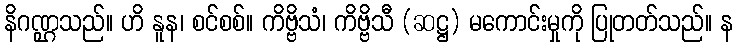
နိဂဏ္ဌသည်။ ဟိ နူန၊ စင်စစ်။ ကိဗ္ဗိသံ၊ ကိဗ္ဗိသီ (ဆဋ္ဌ) မကောင်းမှုကို ပြုတတ်သည်။ န